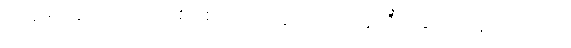
အဆိပ်အတောက် ဖြစ်စေတဲ့ အယူအဆတွေကို ချေဖျက်နိုင်ပါတယ်။